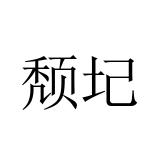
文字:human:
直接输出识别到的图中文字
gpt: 颓圮